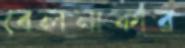
বেলনাকার